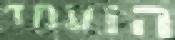
הועמד